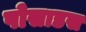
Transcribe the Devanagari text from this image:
पोसाडस